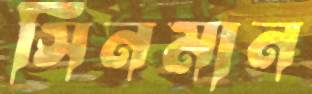
সিনমান